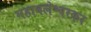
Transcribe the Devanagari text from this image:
महाबलेश्वरकर